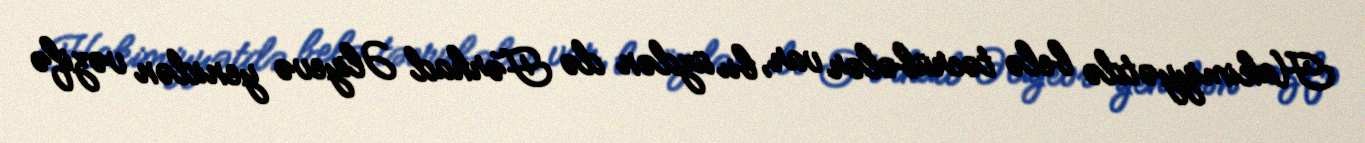
Hakimiyyətdə belə təcrübələr var, bu üzdən də Fərhad Əliyevə yenidən vəzifə